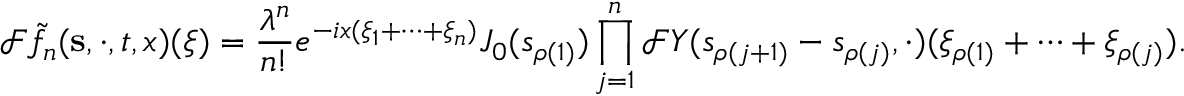
\mathcal { F } \tilde { f } _ { n } ( \mathbf { s } , \cdot , t , x ) ( \boldsymbol \xi ) = \frac { \lambda ^ { n } } { n ! } e ^ { - i x ( \xi _ { 1 } + \dots + \xi _ { n } ) } J _ { 0 } ( s _ { \rho ( 1 ) } ) \prod _ { j = 1 } ^ { n } \mathcal { F } Y ( s _ { \rho ( j + 1 ) } - s _ { \rho ( j ) } , \cdot ) ( \xi _ { \rho ( 1 ) } + \dots + \xi _ { \rho ( j ) } ) .